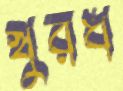
খুরধ